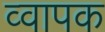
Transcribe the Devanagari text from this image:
व्वापक